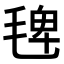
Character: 𣮐